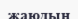
жаюдың